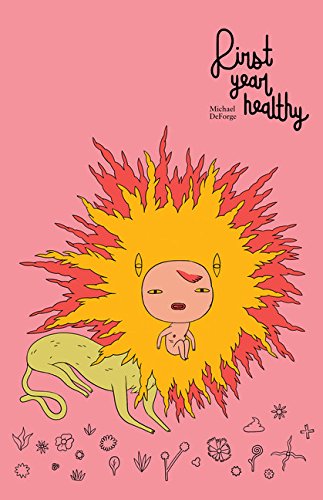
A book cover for First Year Healthy; Michael DeForge; Comics & Graphic Novels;